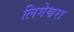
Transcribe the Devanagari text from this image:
लिगेश्वरा